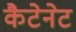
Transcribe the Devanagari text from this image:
कैटेनेट